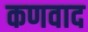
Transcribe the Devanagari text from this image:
कणवाद